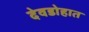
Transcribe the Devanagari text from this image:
देवडोहात